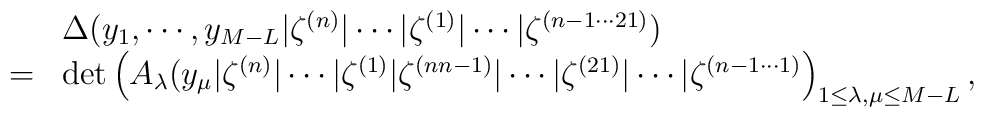
\begin{array}{cl}&\Delta(y_1, \cdots, y_{M-L}| \zeta^{(n)}|\cdots|\zeta^{(1)}|\cdots|\zeta^{(n-1 \cdots 2 1)}) \\= & \det \left( A_{\lambda}(y_{\mu}|\zeta^{(n)}|\cdots |\zeta^{(1)}|                \zeta^{(nn-1)}|\cdots |\zeta^{(21)}|\cdots                |\zeta^{(n-1 \cdots 1)} \right)_{ 1\leq \lambda ,\mu \leq M-L},\end{array}